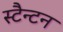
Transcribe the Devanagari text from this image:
स्टैन्टन